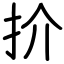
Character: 扴